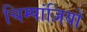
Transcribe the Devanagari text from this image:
चिम्पांज़ियों